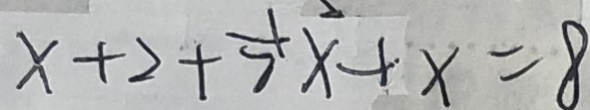
x + 2 + \frac { 1 } { 7 } x + x = 8